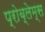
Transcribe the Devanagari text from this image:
प्रोब्लेम्स